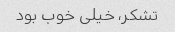
تشکر، خیلی خوب بود